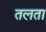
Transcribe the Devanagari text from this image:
तलता